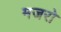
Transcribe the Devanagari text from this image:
मजरो